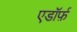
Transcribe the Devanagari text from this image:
एडॉर्फ़